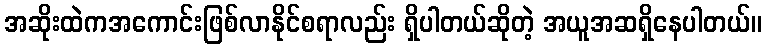
အဆိုးထဲကအကောင်းဖြစ်လာနိုင်စရာလည်း ရှိပါတယ်ဆိုတဲ့ အယူအဆရှိနေပါတယ်။